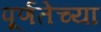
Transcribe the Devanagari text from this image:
पूर्णतेच्या